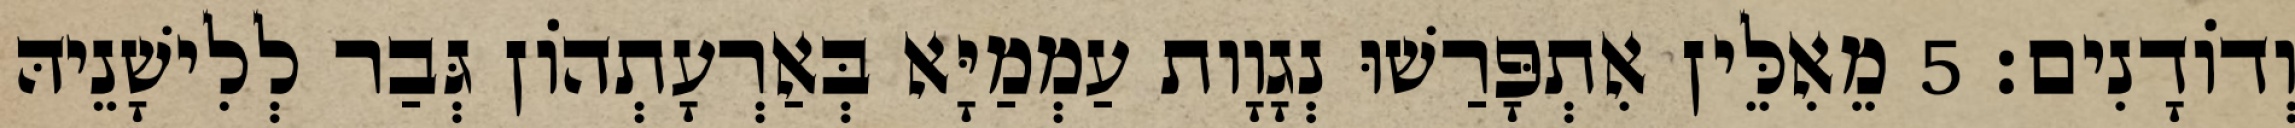
וְדוֹדָנִים׃ 5 מֵאִלֵּין אִתְפָּרַשׁוּ נְגָוָות עַמְמַיָּא בְּאַרְעָתְהוֹן גְּבַר לְלִישָׁנֵיהּ